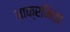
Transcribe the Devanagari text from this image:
आक्रमिता